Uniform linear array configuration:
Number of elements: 48
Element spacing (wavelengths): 0.75
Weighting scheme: exponential
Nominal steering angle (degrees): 45
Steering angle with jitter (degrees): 45.386
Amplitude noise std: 0.05
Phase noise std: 0.05

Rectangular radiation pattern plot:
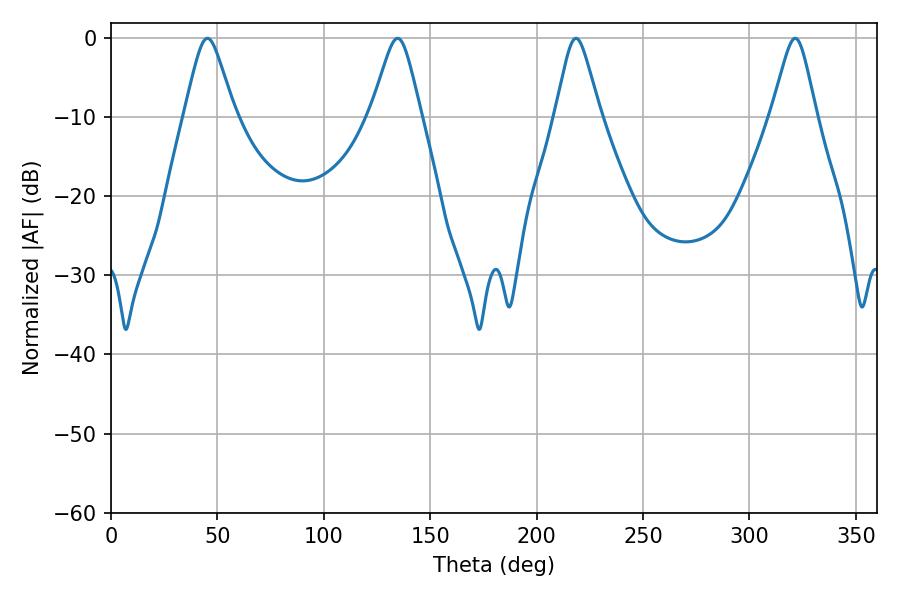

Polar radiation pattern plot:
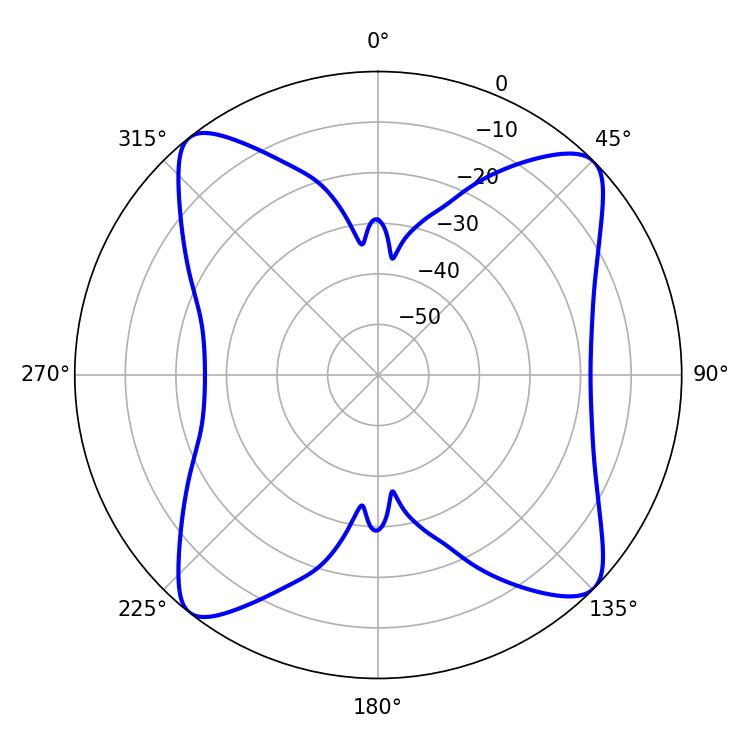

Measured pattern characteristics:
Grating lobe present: TRUE
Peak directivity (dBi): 13.724
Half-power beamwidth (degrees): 10.08
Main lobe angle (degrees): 218.52